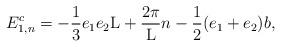
LaTeX: \begin{align*}E_{1,n}^c = - \frac{1}{3} e_1e_2 {\rm L} + \frac{2{\pi}}{\rm L} n- \frac{1}{2} (e_1+e_2)b,\end{align*}